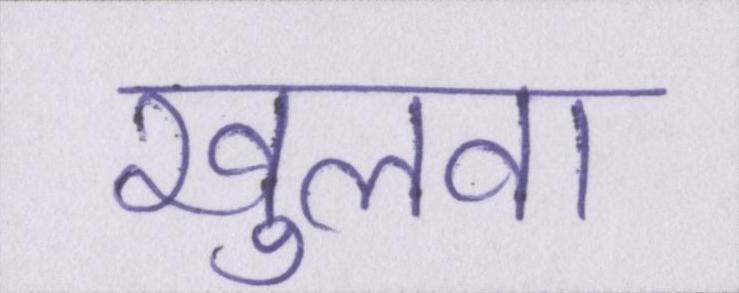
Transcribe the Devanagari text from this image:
खुलवा